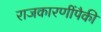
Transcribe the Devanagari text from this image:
राजकारणींपैकी